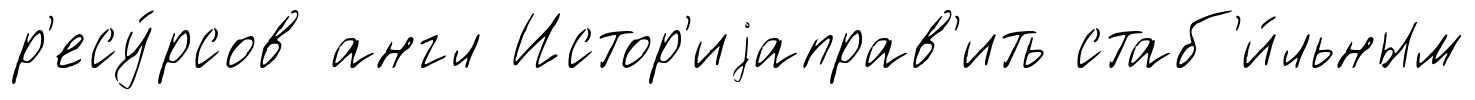
р'есу́рсов англ Истор'иjаправ'ить стаб'и́льным